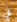
في